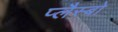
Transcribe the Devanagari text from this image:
प्लैस्बो